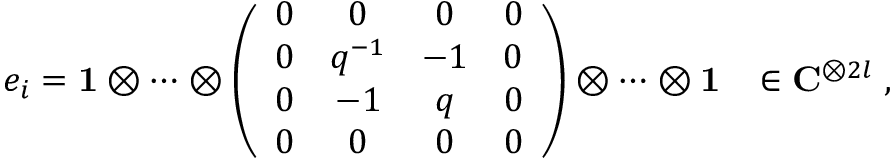
e _ { i } = { \bf 1 } \otimes \cdots \otimes \left( \begin{array} { c c c c } { { 0 } } & { { 0 } } & { { 0 } } & { { 0 } } \\ { { 0 } } & { { q ^ { - 1 } } } & { { - 1 } } & { { 0 } } \\ { { 0 } } & { { - 1 } } & { { q } } & { { 0 } } \\ { { 0 } } & { { 0 } } & { { 0 } } & { { 0 } } \end{array} \right) \otimes \cdots \otimes { \bf 1 } \; \; \; \in { \bf C } ^ { \otimes 2 l } \; ,